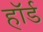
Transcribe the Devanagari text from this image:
हॉर्ड